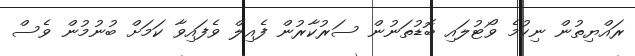
ރައްޔިތުން ނިކުމެ ވޯޓުލައި ބޮޑުތަނުން ސަރުކާރުން ފެއިލް ވެފައިވާ ކަމަށް ބުނުމުން ވެސް